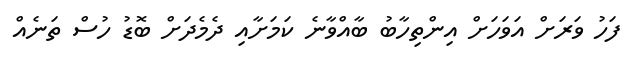
ފަހު ވަރަށް އަވަހަށް އިންތިހާބު ބާއްވާނެ ކަމަށާއި ދެމެދަށް ބޮޑު ހުސް ތަނެއް